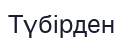
Түбірден